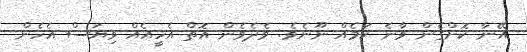
އޭނާ ކޮށްގެން ވާނެ ކަމެއް ނޫނެވެ. ވެދެވެން އޮތް އެހީއެއް ވިޔަސް އެހެން